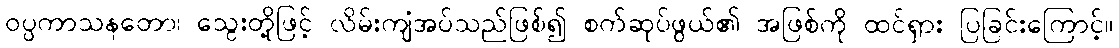
ဝပ္ပကာသနတော၊ သွေးတို့ဖြင့် လိမ်းကျံအပ်သည်ဖြစ်၍ စက်ဆုပ်ဖွယ်၏ အဖြစ်ကို ထင်ရှား ပြခြင်းကြောင့်။